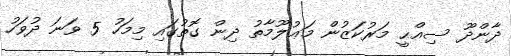
ދާންދޫ ސިއްޙީ މަރުކަޒުން މަޢުލޫމާތު ދިން ގޮތުގައި މިމަހު 5 ވަނަ ދުވަހު